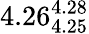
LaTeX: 4.26_{4.25}^{4.28}